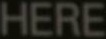
HERE